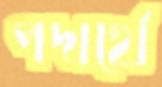
পদার্থে